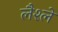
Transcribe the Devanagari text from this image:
लैश्ले